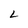
Character: L